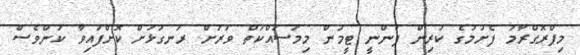
މިޕްރޮގްރާމު ފެށުމުގެ ކުރިން ފަންނީ ޓީމުން މިމަސައްކަތް ވަރަށް ރަނގަޅަށް ކޮށްފައިވާ ކަންވެސް